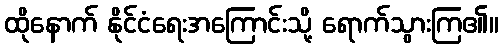
ထိုနောက် နိုင်ငံရေးအကြောင်းသို့ ရောက်သွားကြ၏။